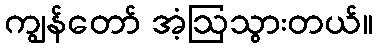
ကျွန်တော် အံ့ဩသွားတယ်။